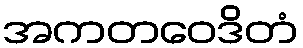
အကတဝေဒိတံ